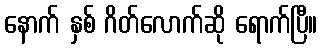
နောက် နှစ် ဂိတ်လောက်ဆို ရောက်ပြီ။